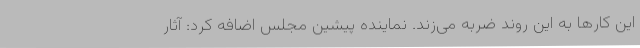
این کارها به این روند ضربه می‌زند. نماینده پیشین مجلس اضافه کرد: آثار